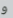
و